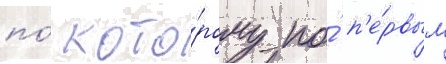
по́ кото́рому по́ п'е́рвым